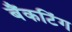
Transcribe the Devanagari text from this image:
बैंकटिंग